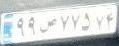
۹۹ص۷۷۵۷۴